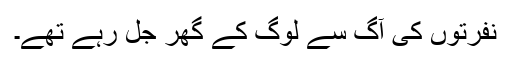
نفرتوں کی آگ سے لوگ کے گھر جل رہے تھے۔